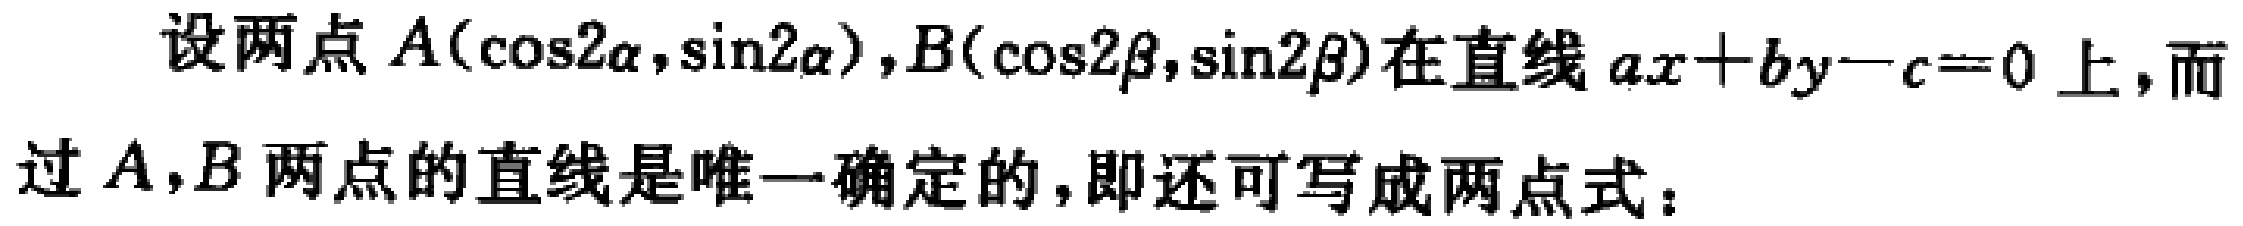
设两点\(A(\cos2\alpha,\sin2\alpha),B(\cos2\beta,\sin2\beta)\)在直线\(ax + by - c = 0\)上，而过\(A,B\)两点的直线是唯一确定的，即还可写成两点式：